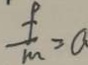
\frac { f } { m } = a